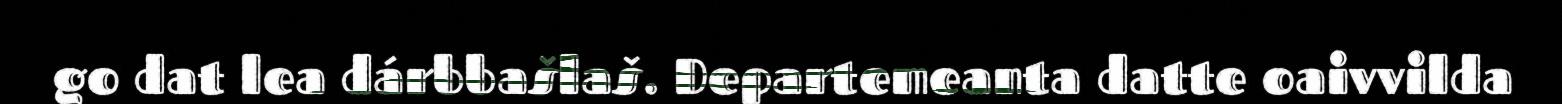
go dat lea dárbbašlaš. Departemeanta datte oaivvilda